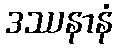
ဒဿနာနံ